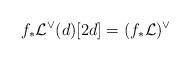
LaTeX: \begin{align*}f_* \mathcal L^\vee (d)[2d] = (f_* \mathcal L)^\vee\end{align*}